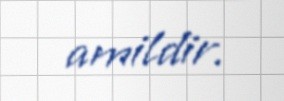
amildir.